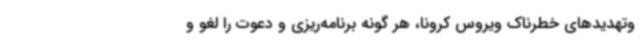
وتهدیدهای خطرناک ویروس کرونا، هر گونه برنامه‌ریزی و دعوت را لغو و